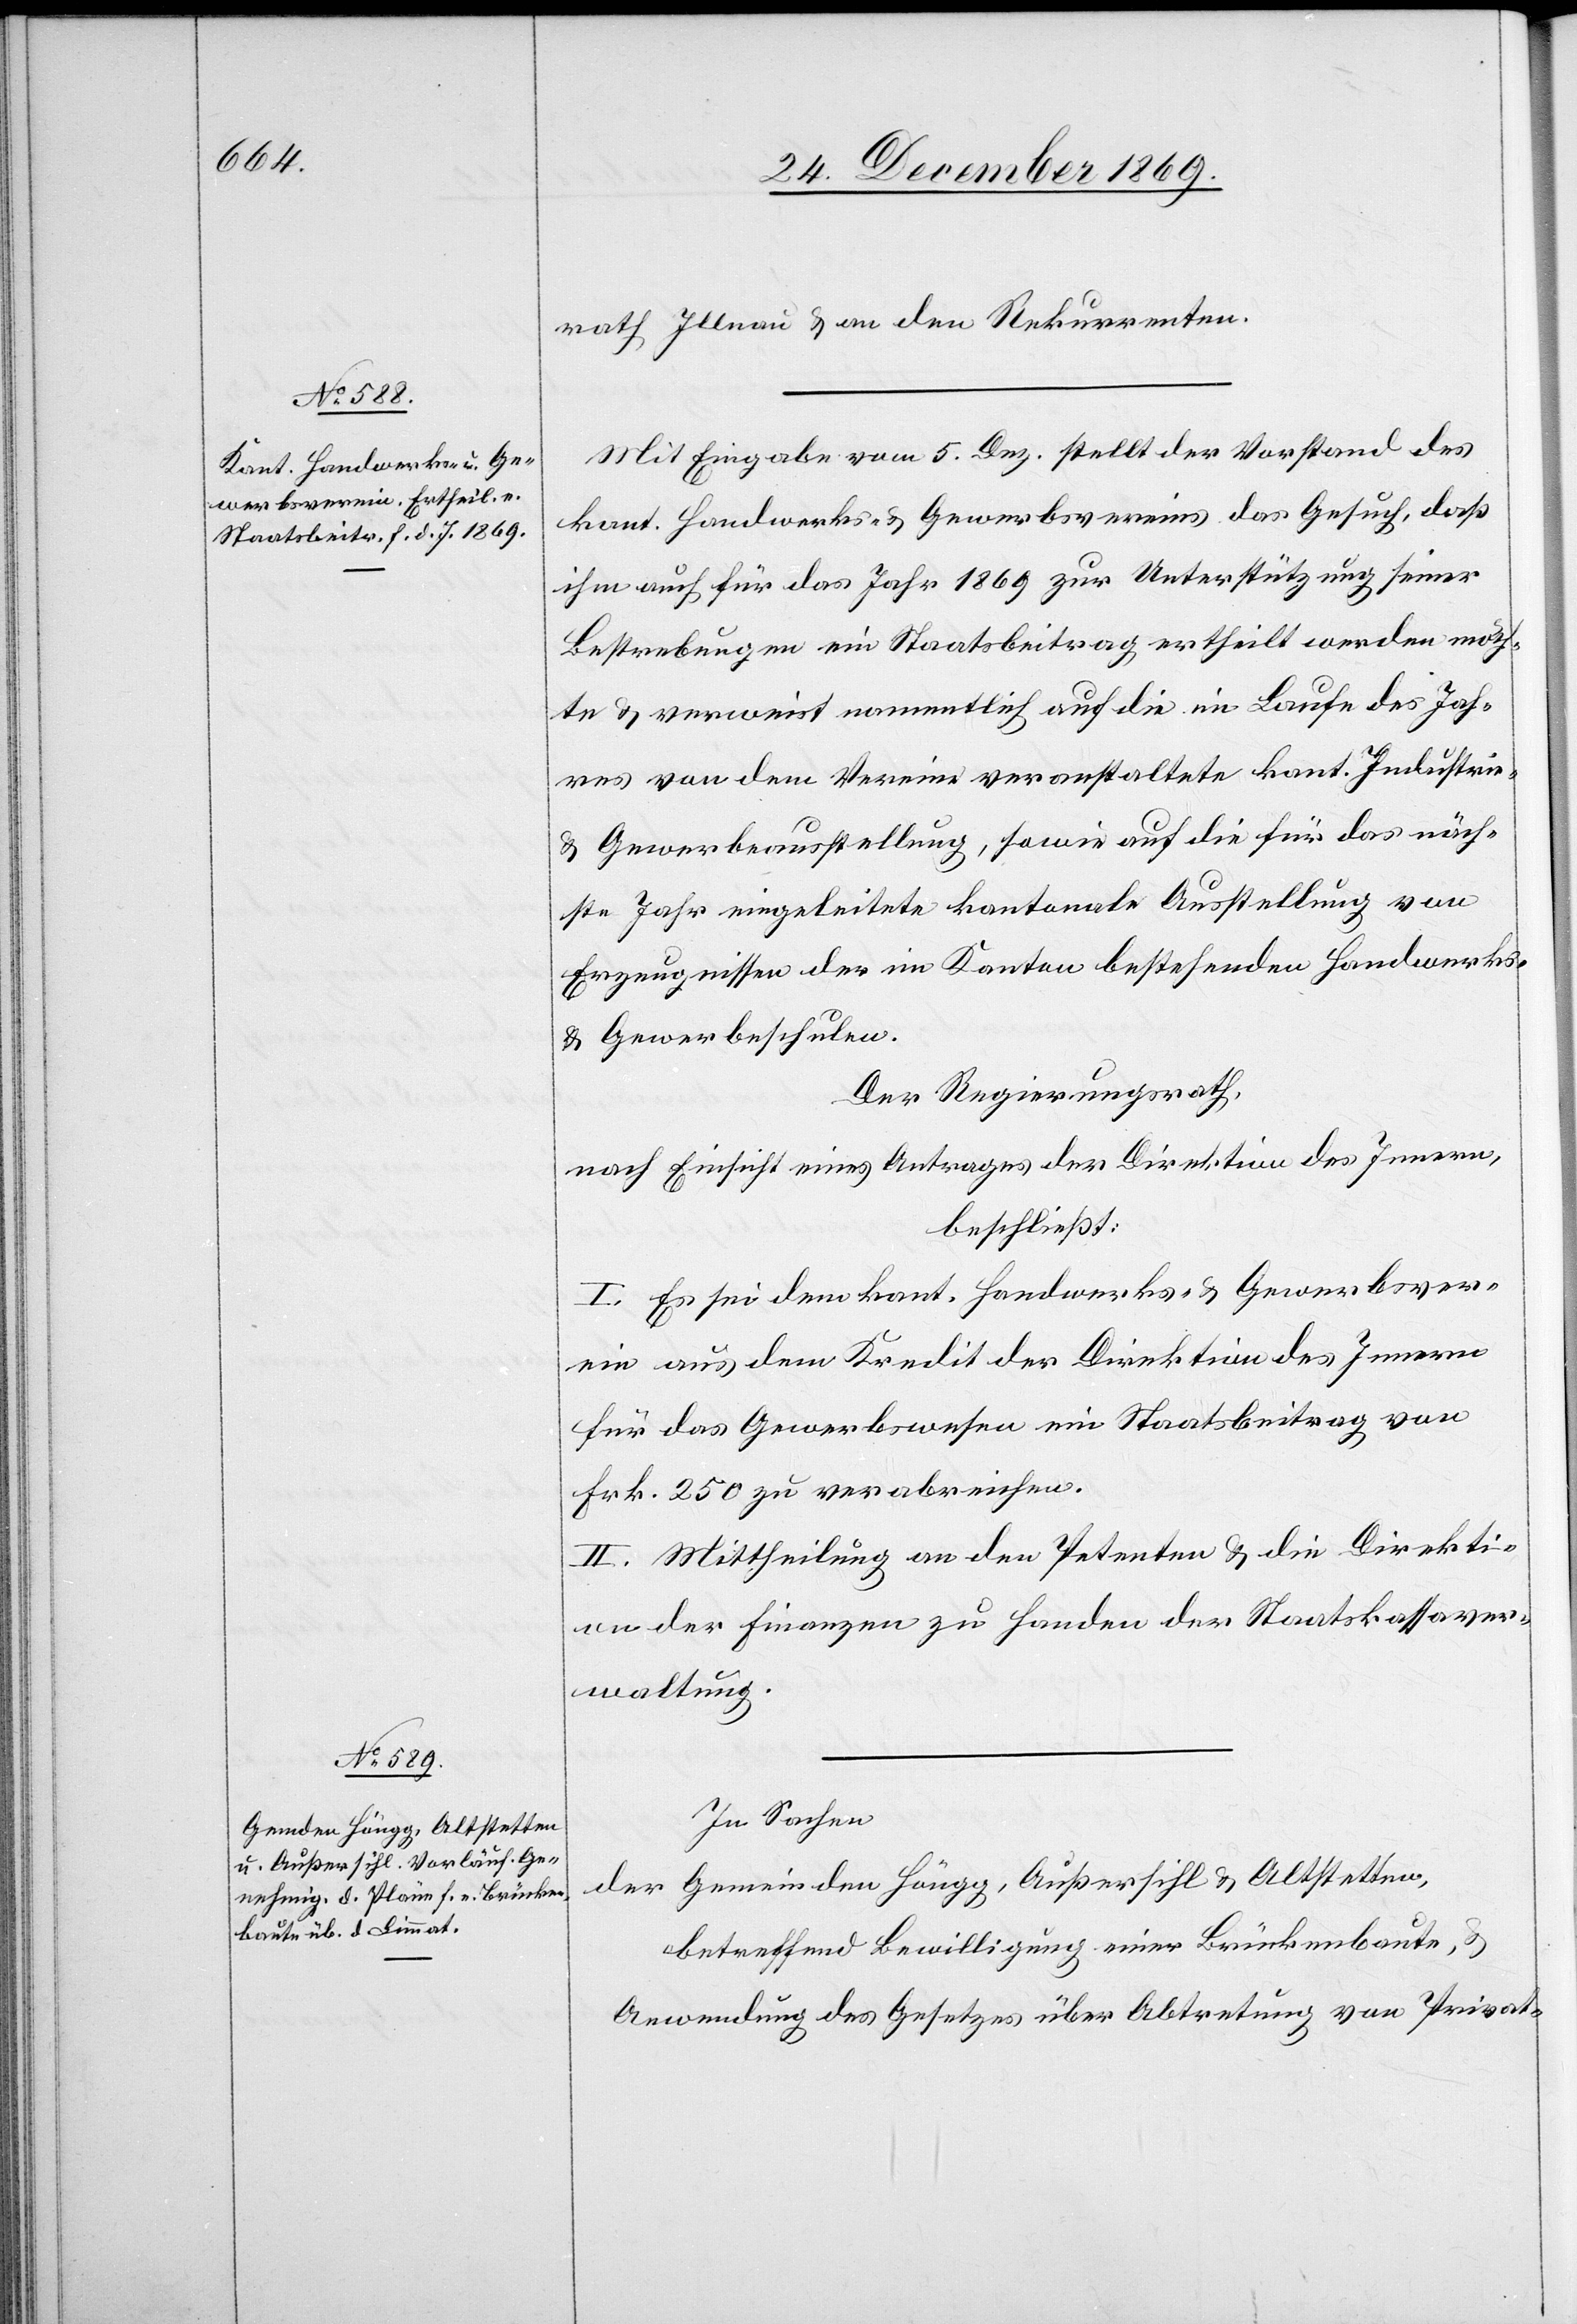
rath Illnau & an den Rekurrenten.
Mit Eingabe vom 5. Dez. stellt der Vorstand des
kant. Handwerks- & Gewerbsvereins das Gesuch, daß
ihm auch für das Jahr 1869 zur Unterstützung seiner
Bestrebungen ein Staatsbeitrag ertheilt werden möch¬
te & verweist namentlich auf die im Laufe des Jah¬
res von dem Vereine veranstaltete kant. Industrie-
& Gewerbeausstellung, sowie auf die für das näch¬
ste Jahr eingeleitete kantonale Ausstellung von
Erzeugnissen der im Kanton bestehenden Handwerks-
& Gewerbeschulen.
Der Regierungsrath,
nach Einsicht eines Antrages der Direktion des Innern,
beschließt:
I. Es sei dem kant. Handwerks- & Gewerbsver¬
ein aus dem Kredit der Direktion des Innern
für das Gewerbswesen ein Staatsbeitrag von
Frk. 250 zu verabreichen.
II. Mittheilung an den Petenten & die Direkti¬
on der Finanzen zu Handen der Staatskassaver¬
waltung.
In Sachen
der Gemeinden Höngg, Außersihl & Altstetten,
betreffend Bewilligung einer Brückenbaute, &
Anwendung des Gesetzes über Abtretung von Privat-